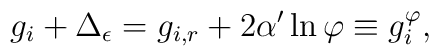
g_i  + \Delta_\epsilon = g_{i,r} +2\alpha'\ln\varphi \equiv  g_{i}^\varphi,